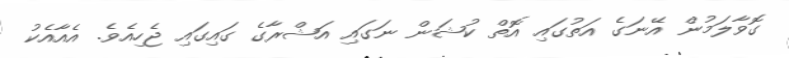
ގޮވާލަމުން އޭނަގެ އަތުގައި އޮތް ކުޝަން ނަގައި އަޝްރާގެ ގައިގައި ޖެހިއެވެ. އެއާއެކު